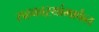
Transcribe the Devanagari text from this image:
सहकाऱ्यांमार्फत